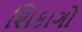
શિકાગો